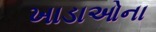
ખાડાઓના